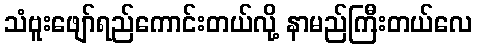
သံဗူးဖျော်ရည်ကောင်းတယ်လို့ နာမည်ကြီးတယ်လေ